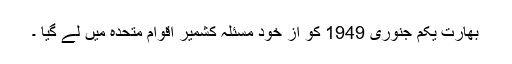
بھارت یکم جنوری 1949 کو از خود مسئلہ کشمیر اقوام متحدہ میں لے گیا ۔